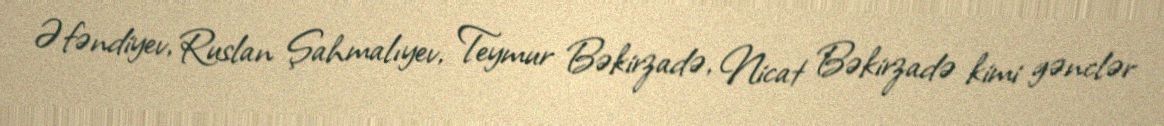
Əfəndiyev, Ruslan Şahmalıyev, Teymur Bəkirzadə, Nicat Bəkirzadə kimi gənclər